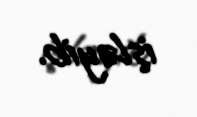
işləyib.